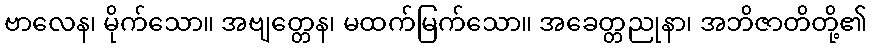
ဗာလေန၊ မိုက်သော။ အဗျတ္တေန၊ မထက်မြက်သော။ အခေတ္တညုနာ၊ အဘိဇာတိတို့၏